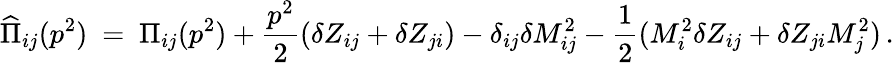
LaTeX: \widehat{\Pi}_{ij}(p^{2})\ =\ \Pi_{ij}(p^{2})+\frac{p^{2}}{2}(\delta Z_{ij}+\delta Z_{ji})-\delta_{ij}\delta M_{ij}^{2}-\frac{1}{2}(M_{i}^{2}\delta Z_{ij}+\delta Z_{ji}M_{j}^{2})\, .